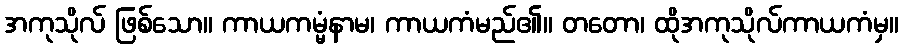
အကုသိုလ် ဖြစ်သော။ ကာယကမ္မံနာမ၊ ကာယကံမည်၏။ တတော၊ ထိုအကုသိုလ်ကာယကံမှ။